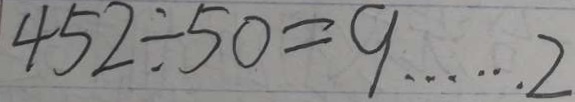
4 5 2 \div 5 0 = 9 \cdots 2